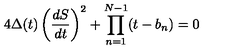
4 \Delta ( t ) \left( { \frac { d S } { d t } } \right) ^ { 2 } + \prod _ { n = 1 } ^ { N - 1 } ( t - b _ { n } ) = 0